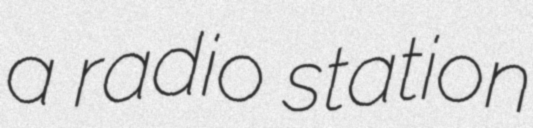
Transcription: a radio station